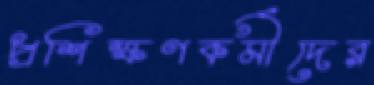
প্রশিক্ষণকর্মীদের